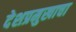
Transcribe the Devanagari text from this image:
देशप्रमुखाचा